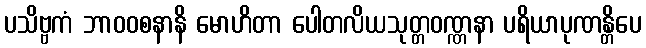
ပသိဗ္ဗကံ ဘာဝဝစနာနိ မောဟိတာ ပေါတလိယသုတ္တဝဏ္ဏနာ ပရိယာပုဏန္တိပေ